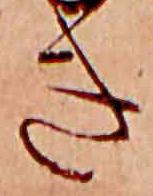
き